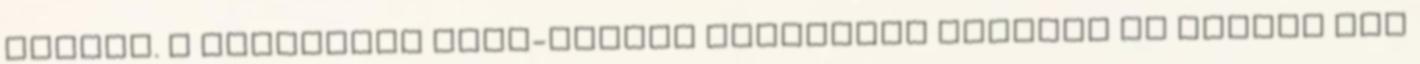
jelent. A tantrikus jóga-iskola speciális ászanái az emberi lét